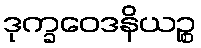
ဒုက္ခဝေဒနိယဉ္စ